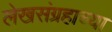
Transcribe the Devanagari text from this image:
लेखसंग्रहाच्या